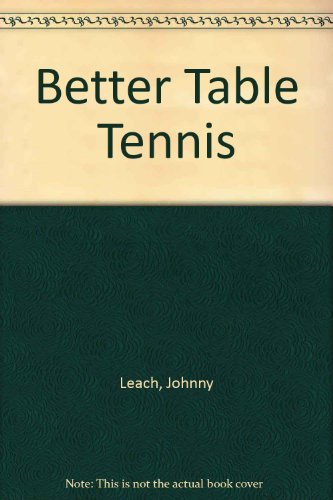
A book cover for Better Table Tennis; Johnny Leach; Sports & Outdoors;